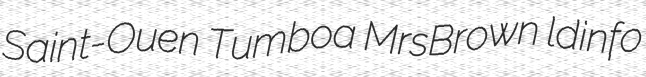
Saint-Ouen Tumboa MrsBrown ldinfo